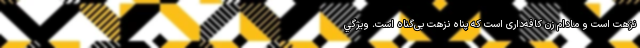
نزهت است و مادام زن كافه‌داری است كه پناه نزهت بی‌گناه است. ويژگي